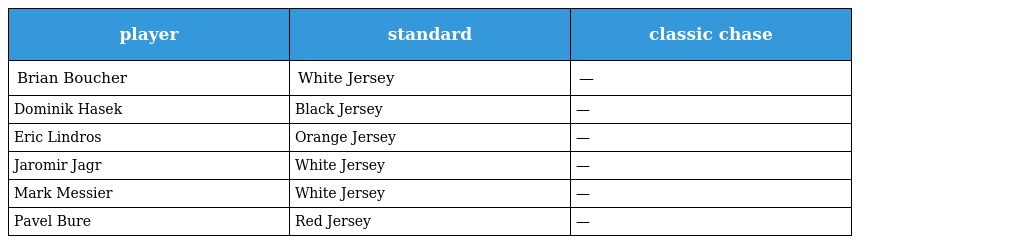
| player | standard | classic chase |
 | --- | --- | --- |
 | Brian Boucher | White Jersey | — |
 | Dominik Hasek | Black Jersey | — |
 | Eric Lindros | Orange Jersey | — |
 | Jaromir Jagr | White Jersey | — |
 | Mark Messier | White Jersey | — |
 | Pavel Bure | Red Jersey | — |